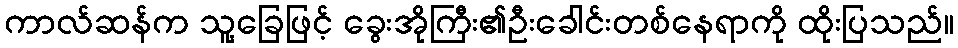
ကာလ်ဆန်က သူ့ခြေဖြင့် ခွေးအိုကြီး၏ဦးခေါင်းတစ်နေရာကို ထိုးပြသည်။